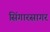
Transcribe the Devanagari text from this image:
सिंगारसागर